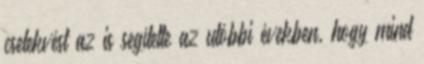
cselekvést az is segítette az utóbbi években, hogy mind